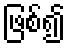
ဖြစ်၍